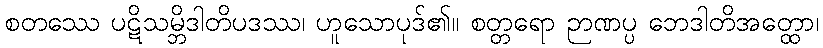
စတဿေ ပဋိသမ္ဘိဒါတိပဒဿ၊ ဟူသောပုဒ်၏။ စတ္တရော ဉာဏပ္ပ ဘေဒါတိအတ္ထော၊